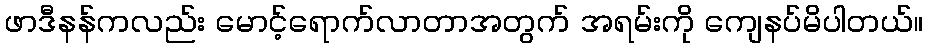
ဖာဒီနန်ကလည်း မောင့်ရောက်လာတာအတွက် အရမ်းကို ကျေနပ်မိပါတယ်။